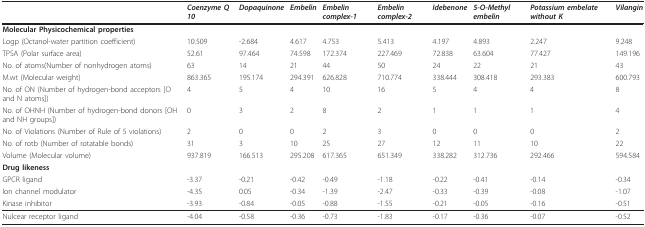
<table><thead><tr><td></td><td><b><i>Coenzyme Q 10</i></b></td><td><b><i>Dopaquinone</i></b></td><td><b><i>Embelin</i></b></td><td><b><i>Embelin complex-1</i></b></td><td><b><i>Embelin complex-2</i></b></td><td><b><i>Idebenone</i></b></td><td><b><i>5-O-Methyl embelin</i></b></td><td><b><i>Potassium embelate without K</i></b></td><td><b><i>Vilangin</i></b></td></tr></thead><tbody><tr><td colspan="10"><b>Molecular Physicochemical properties</b></td></tr><tr><td>Logp (Octanol-water partition coefficient)</td><td>10.509</td><td>-2.684</td><td>4.617</td><td>4.753</td><td>5.413</td><td>4.197</td><td>4.893</td><td>2.247</td><td>9.248</td></tr><tr><td>TPSA (Polar surface area)</td><td>52.61</td><td>97.464</td><td>74.598</td><td>172.374</td><td>227.469</td><td>72.838</td><td>63.604</td><td>77.427</td><td>149.196</td></tr><tr><td>No. of atoms(Number of nonhydrogen atoms)</td><td>63</td><td>14</td><td>21</td><td>44</td><td>50</td><td>24</td><td>22</td><td>21</td><td>43</td></tr><tr><td>M.wt (Molecular weight)</td><td>863.365</td><td>195.174</td><td>294.391</td><td>626.828</td><td>710.774</td><td>338.444</td><td>308.418</td><td>293.383</td><td>600.793</td></tr><tr><td>No. of ON (Number of hydrogen-bond acceptors [O and N atoms])</td><td>4</td><td>5</td><td>4</td><td>10</td><td>16</td><td>5</td><td>4</td><td>4</td><td>8</td></tr><tr><td>No. of OHNH (Number of hydrogen-bond donors [OH and NH groups])</td><td>0</td><td>3</td><td>2</td><td>8</td><td>2</td><td>1</td><td>1</td><td>1</td><td>4</td></tr><tr><td>No. of Violations (Number of Rule of 5 violations)</td><td>2</td><td>0</td><td>0</td><td>2</td><td>3</td><td>0</td><td>0</td><td>0</td><td>2</td></tr><tr><td>No. of rotb (Number of rotatable bonds)</td><td>31</td><td>3</td><td>10</td><td>25</td><td>27</td><td>12</td><td>11</td><td>10</td><td>22</td></tr><tr><td>Volume (Molecular volume)</td><td>937.819</td><td>166.513</td><td>295.208</td><td>617.365</td><td>651.349</td><td>338.282</td><td>312.736</td><td>292.466</td><td>594.584</td></tr><tr><td colspan="10"><b>Drug likeness</b></td></tr><tr><td>GPCR ligand</td><td>-3.37</td><td>-0.21</td><td>-0.42</td><td>-0.49</td><td>-1.18</td><td>-0.22</td><td>-0.41</td><td>-0.14</td><td>-0.34</td></tr><tr><td>Ion channel modulator</td><td>-4.35</td><td>0.05</td><td>-0.34</td><td>-1.39</td><td>-2.47</td><td>-0.33</td><td>-0.39</td><td>-0.08</td><td>-1.07</td></tr><tr><td>Kinase inhibitor</td><td>-3.93</td><td>-0.84</td><td>-0.05</td><td>-0.88</td><td>-1.55</td><td>-0.21</td><td>-0.05</td><td>-0.16</td><td>-0.51</td></tr><tr><td>Nulcear receptor ligand</td><td>-4.04</td><td>-0.58</td><td>-0.36</td><td>-0.73</td><td>-1.83</td><td>-0.17</td><td>-0.36</td><td>-0.07</td><td>-0.52</td></tr></tbody></table>